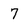
Character: 7